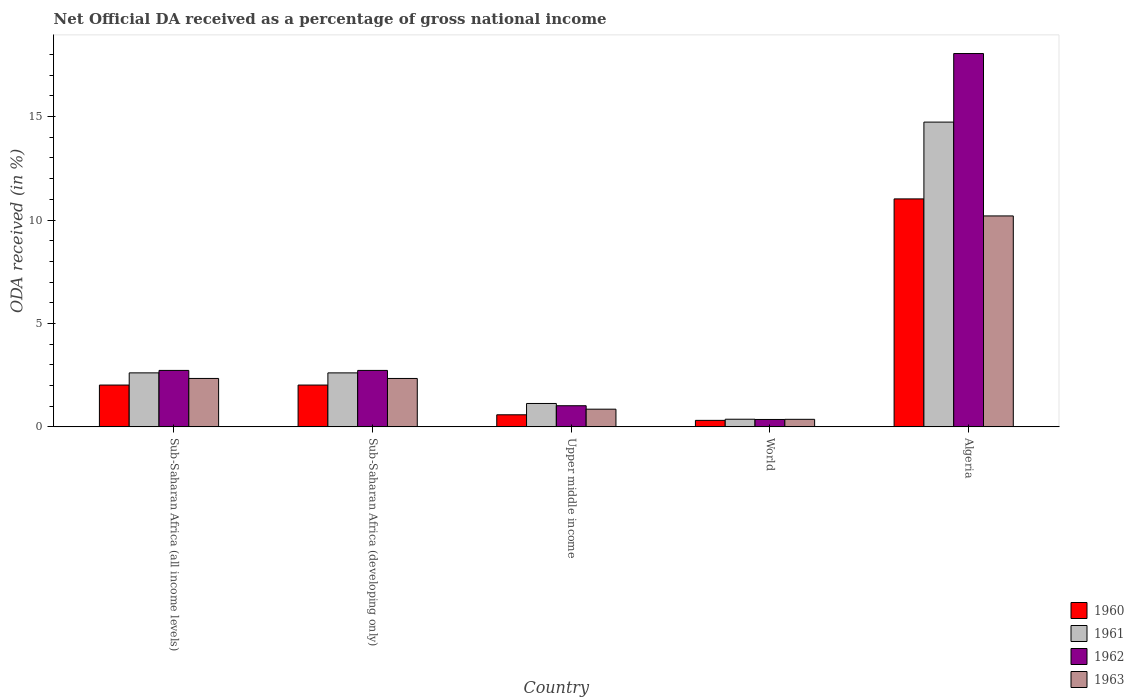
| Country | 1960 | 1961 | 1962 | 1963 |
 | --- | --- | --- | --- | --- |
 | Sub-Saharan Africa (all income levels) | 2.02 | 2.61 | 2.73 | 2.34 |
 | Sub-Saharan Africa (developing only) | 2.02 | 2.61 | 2.73 | 2.34 |
 | Upper middle income | 0.584 | 1.13 | 1.02 | 0.855 |
 | World | 0.315 | 0.37 | 0.358 | 0.365 |
 | Algeria | 11 | 14.7 | 18 | 10.2 |